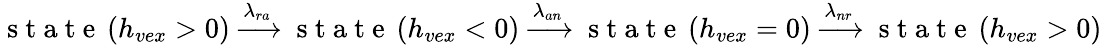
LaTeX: \mathrm{~s~t~a~t~e~}\left(h_{vex}>0\right)\xrightarrow{\lambda_{ra}}\mathrm{~s~t~a~t~e~}\left(h_{vex}<0\right)\xrightarrow{\lambda_{an}}\mathrm{~s~t~a~t~e~}\left(h_{vex}=0\right)\xrightarrow{\lambda_{nr}}\mathrm{~s~t~a~t~e~}\left(h_{vex}>0\right)